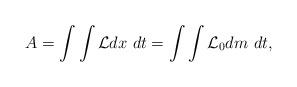
LaTeX: \begin{align*}A=\int\int{\cal L}dx\ dt=\int\int{\cal L}_0 dm\ dt, \end{align*}